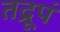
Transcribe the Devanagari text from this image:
तद्रूपं